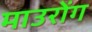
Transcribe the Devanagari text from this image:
माउरोंग